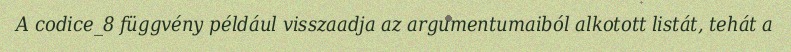
A codice_8 függvény például visszaadja az argumentumaiból alkotott listát, tehát a